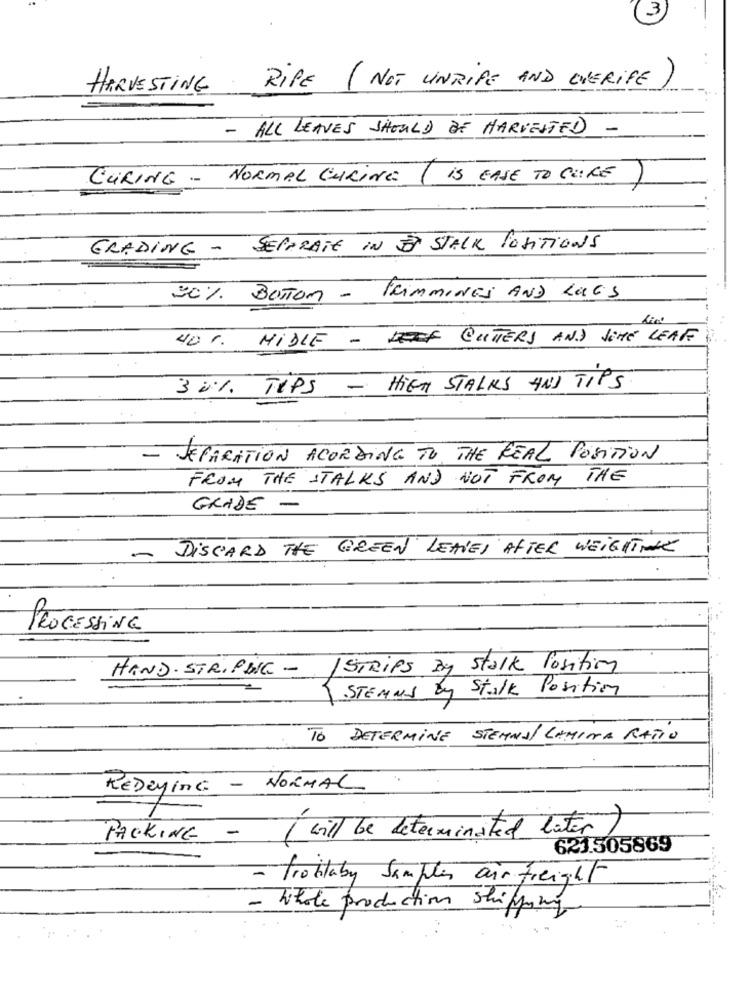
3)
RiPE (NOT UNRiPE AND OVERiFE )
HARVESTING
- ALL LEAVES SHOULD BE HARVESTED -
CURING - NORMAL CURING (iS EASE TO GOIRE)
GRADING - SEPARATE IN È STALK POSITIONS
30% BOTTOM - frimmINES AND LAGS
40 %. MiDLE - LEIF CUTTERS AND SOME LEAF
30% TIPS - HIGH STALKS AND TIPS
- SEPARATION ACORDING TO THE REAL POSITION
FROM THE STALKS AND NOT FROM THE
GRADE -
DISCARD THE GREEN LEAVES AFTER WEIGHTMAL
PROCESSING
HAND. STRIPBIC -
1 STRIPS By Stalk Position
STEAMS by Stalk Positing
TO DETERMINE STEMMA/ LAMINA RATIO
REDEYING - NORMAL
( will be determinated later )
PACKING -
621.505869
=
trobaby Samplen air freight
- Whole production shipping